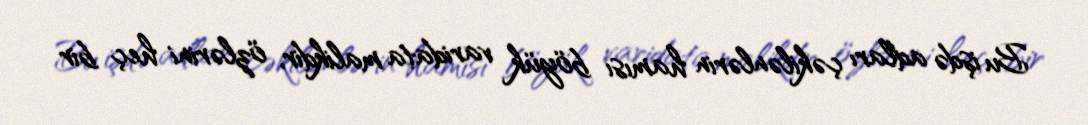
Bu işdə adları çəkilənlərin hamısı böyük varidata malikdir, özlərini heç bir